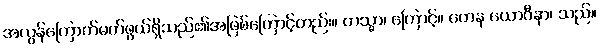
အလွန်ကြောက်မက်ဖွယ်ရှိသည်၏အဖြစ်ကြောင့်တည်း။ တသ္မာ၊ ကြောင့်။ တေန ယောဂီနာ၊ သည်။